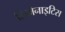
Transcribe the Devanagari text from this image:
लिमेनाइटिस